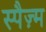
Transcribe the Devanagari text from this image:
स्पैज़्म